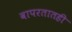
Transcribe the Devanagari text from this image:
वापरतातही